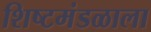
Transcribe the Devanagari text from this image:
शिष्टमंडळाला